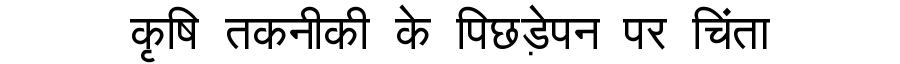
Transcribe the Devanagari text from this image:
कृषि तकनीकी के पिछड़ेपन पर चिंता